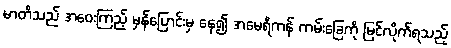
မာတိသည် အဝေးကြည့် မှန်ပြောင်းမှ နေ၍ အမေရိကန် ကမ်းခြေကို မြင်လိုက်ရသည့်